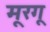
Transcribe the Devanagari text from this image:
मूरगू